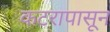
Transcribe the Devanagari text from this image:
कटरापासून